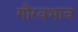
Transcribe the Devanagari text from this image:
गौरवभाव